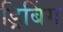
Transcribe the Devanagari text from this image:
ड्रिबिंग